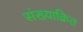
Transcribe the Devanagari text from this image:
संख्याक्रित